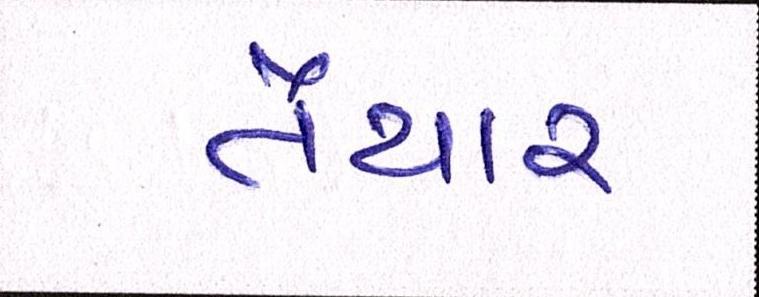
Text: તૈયાર